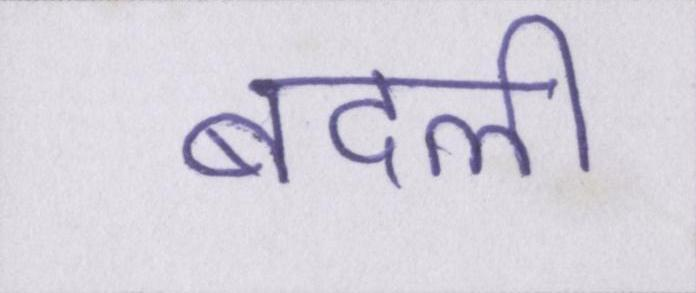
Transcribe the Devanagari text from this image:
बदली